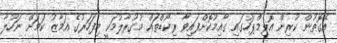
އެގޮތުން ކުރިން އޮލިމްޕަހުގައި ގާއިމުކޮށްފައިވާ ރިކޯޑްތައް މުގުރާލުމަކީ މިފަހަރުގެ އަމާޒު ކަމަށް ނަހުލާ